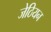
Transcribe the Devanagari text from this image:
जेठियन